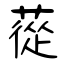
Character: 蓯